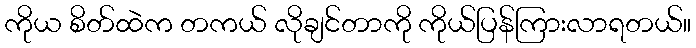
ကိုယ စိတ်ထဲက တကယ် လိုချင်တာကို ကိုယ်ပြန်ကြားလာရတယ်။